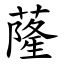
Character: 蕯